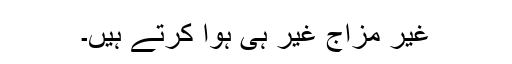
غیر مزاج غیر ہی ہوا کرتے ہیں۔